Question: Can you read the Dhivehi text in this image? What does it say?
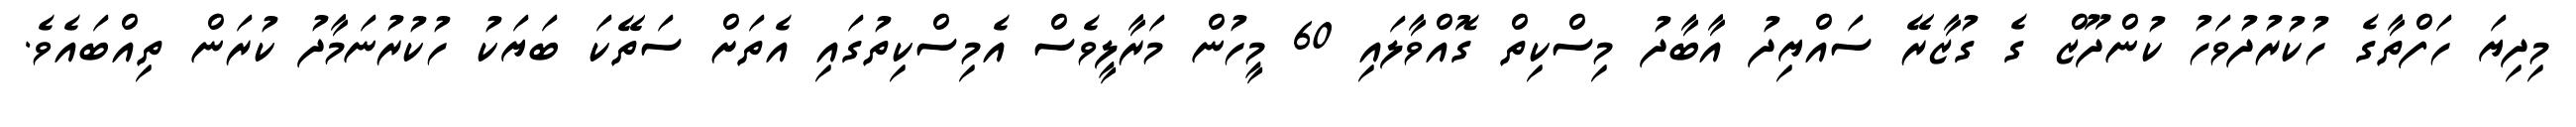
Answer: މިދިޔަ ހަފްތާގެ ހުކުރުދުވަހު ކުންދޫޒް ގެ ގުޒާރޭ ސައްޔިދު އާބާދު މިސްކިތް ގޮއްވާލައި 60 މީހުން މަރާލީވެސް އެމިސްކިތުގައި އެތަށް ސަތޭކަ ބަޔަކު ހުކުރުނަމާދު ކުރަން ތިއްބައެވެ.